Vaccination in Bombay 1924-1928 - 1924-1928
Year: 1924
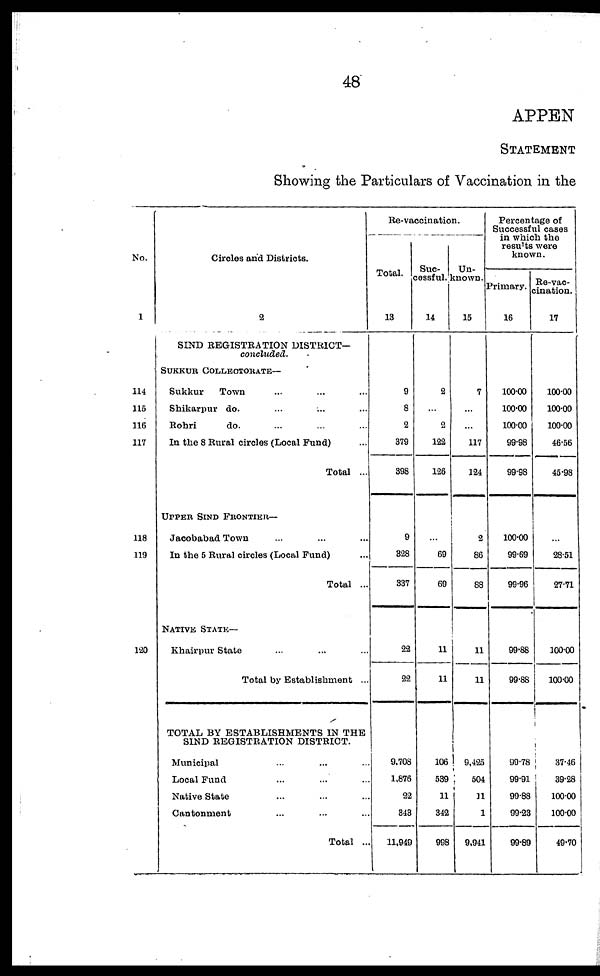
48
APPEN
STATEMENT
Showing the Particulars of Vaccination in the
No.
1
114
115
116
117
118
119
120
Circles and Districts.
2
SIND REGISTRATION DISTRICT.
concluded.
SUKKUR COLLECTORATE—
Sukkur
Town ... ... ...
Shikarpur do. ... ... ...
Rohri
do. ... ... ...
In the 8 Rural circles (Local Fund) ...
Total ...
UPPER BIND FRONTIER—
Jacobabad Town ...
In the 5 Rural circles (Local Fund) ...
Total ...
NATIVE STATE—
Khairpur State ... ... ...
Total by Establishment ...
TOTAL BY ESTABLISHMENTS IN THE
SIND REGISTBATION DISTRICT.
Municipal ... ... ...
Local Fund ... ... ...
Native State ... ... ...
Cantonment ... ... ...
Total ...
Re-vaccination.
Total.
13
9
8
2
379
398
9
328
337
22
22
9,708
1,876
22
343
11,949
Suc-
cessful.
14
2
...
2
122
126
...
69
69
11
11
106
539
11
342
998
Un¬
known.
15
7
...
...
117
124
2
86
88
11
11
9,425
504
11
1
9,941
Percentage of
Successful cases
in which the
results were
known.
Primary.
16
100.00
100.00
100.00
99.98
99.98
100.00
99.69
99.96
99.88
99.88
99.78
99.91
99.88
99.23
99.89
Re-vac¬
cination.
17
100.00
100.00
100.00
46.56
45.98
...
28.51
27.71
100.00
100.00
37.46
39.28
100.00
100.00
49.70